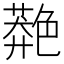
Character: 䒎